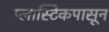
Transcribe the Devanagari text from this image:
प्लास्टिकपासून